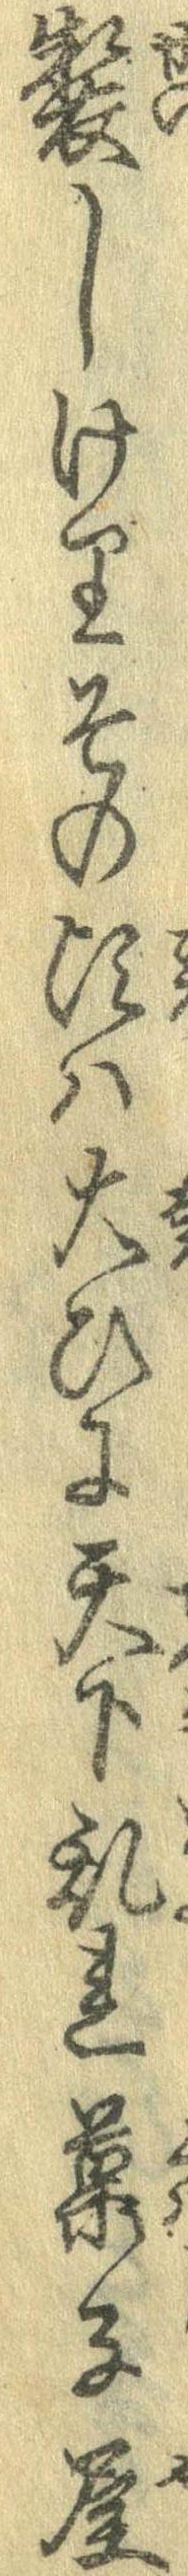
製しけりその頃は大ひに天下乱れ菓子屋